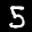
Label: 5